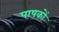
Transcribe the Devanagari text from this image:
पाषकों